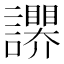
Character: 𧭬